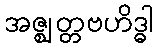
အဇ္ဈတ္တဗဟိဒ္ဓါ